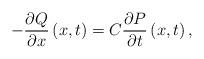
LaTeX: \begin{align*}-\frac{\partial Q}{\partial x}\left(x,t\right)=C\frac{\partial P}{\partial t}\left(x,t\right),\end{align*}